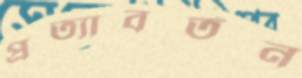
প্রত্যাবর্তন